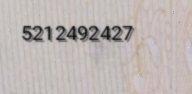
5212492427